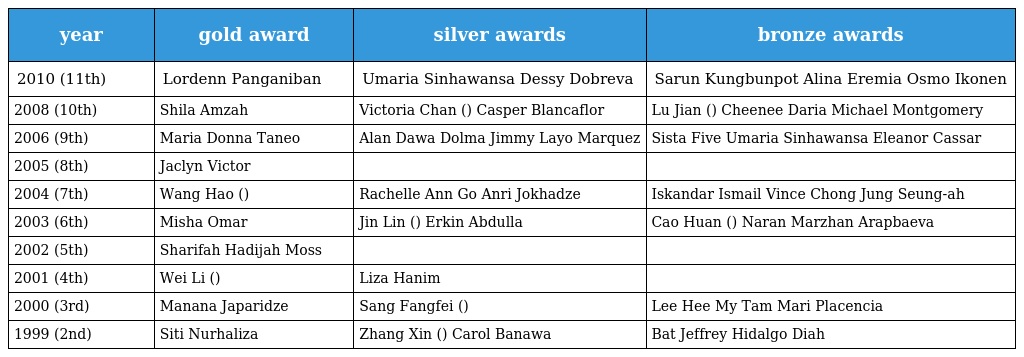
| year | gold award | silver awards | bronze awards |
 | --- | --- | --- | --- |
 | 2010 (11th) | Lordenn Panganiban | Umaria Sinhawansa Dessy Dobreva | Sarun Kungbunpot Alina Eremia Osmo Ikonen |
 | 2008 (10th) | Shila Amzah | Victoria Chan (陳皓恩) Casper Blancaflor | Lu Jian (陆坚) Cheenee Daria Michael Montgomery |
 | 2006 (9th) | Maria Donna Taneo | Alan Dawa Dolma Jimmy Layo Marquez | Sista Five Umaria Sinhawansa Eleanor Cassar |
 | 2005 (8th) | Jaclyn Victor |  |  |
 | 2004 (7th) | Wang Hao (王昊) | Rachelle Ann Go Anri Jokhadze | Iskandar Ismail Vince Chong Jung Seung-ah |
 | 2003 (6th) | Misha Omar | Jin Lin (金霖) Erkin Abdulla | Cao Huan (曹欢) Naran Marzhan Arapbaeva |
 | 2002 (5th) | Sharifah Hadijah Moss |  |  |
 | 2001 (4th) | Wei Li (魏丽) | Liza Hanim |  |
 | 2000 (3rd) | Manana Japaridze | Sang Fangfei (桑芳菲) | Lee Hee My Tam Mari Placencia |
 | 1999 (2nd) | Siti Nurhaliza | Zhang Xin (张芯) Carol Banawa | Bat Jeffrey Hidalgo Diah |